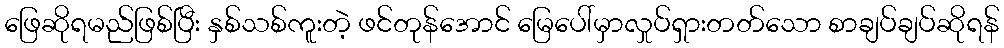
ဖြေဆိုရမည်ဖြစ်ပြီး နှစ်သစ်ကူးတဲ့ ဖင်တုန်အောင် မြေပေါ်မှာလှုပ်ရှားတတ်သော စာချပ်ချပ်ဆိုရန်